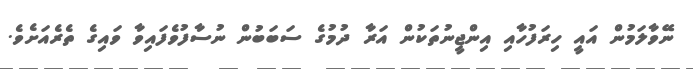
ނޭވާލަމުން އައީ ހިރަފުހާއި އިންޖީނުތަކުން އަރާ ދުމުގެ ސަބަބުން ނުސާފުވެފައިވާ ވައިގެ ތެރެއަށެވެ.